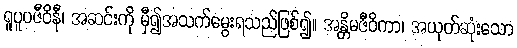
ရူပူပဇီဝိနီ၊ အဆင်းကို မှီ၍အသက်မွေးရသည်ဖြစ်၍။ အန္တိမဇီဝိကာ၊ အယုတ်ဆုံးသော